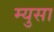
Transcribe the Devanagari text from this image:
म्युसा